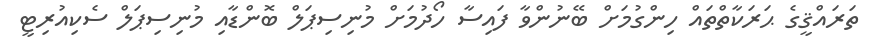
ތަރައްޤީގެ ޙަރަކާތްތައް ހިންގުމަށް ބޭނުންވާ ފައިސާ ހޯދުމަށް މުނިސިޕަލް ބޮންޑާއި މުނިސިޕަލް ސެކިއުރިޓީ